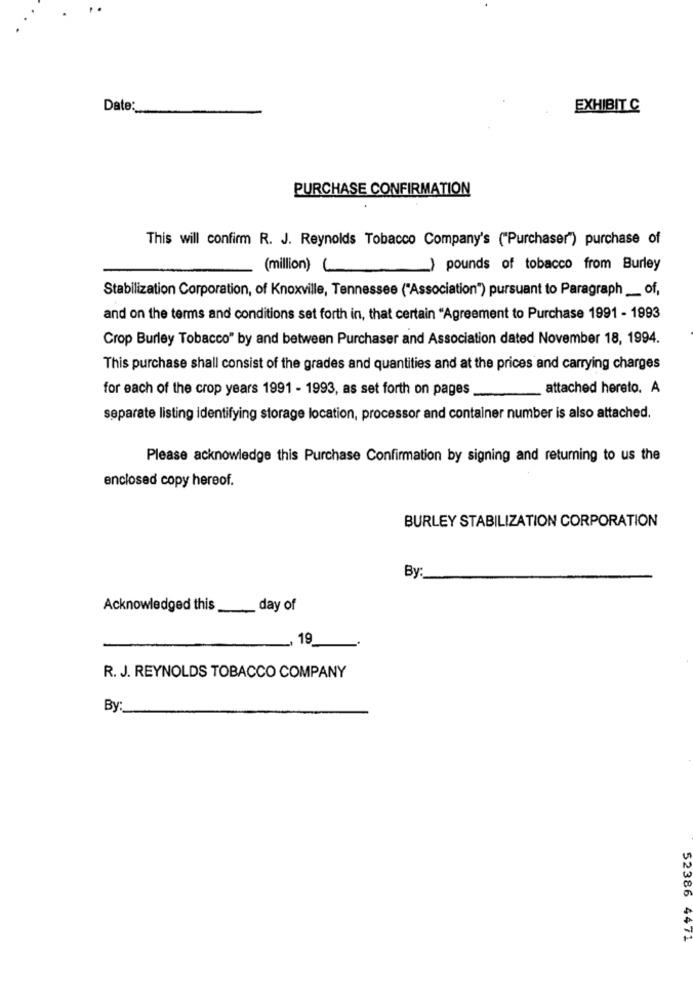
Date:
EXHIBIT C
PURCHASE CONFIRMATION
This will confirm R. J. Reynolds Tobacco Company's ("Purchaser") purchase of
(million) L
) pounds of tobacco from Burley
Stabilization Corporation, of Knoxville, Tennessee ("Association") pursuant to Paragraph __ of,
and on the terms and conditions set forth in, that certain "Agreement to Purchase 1991 - 1993
Crop Burley Tobacco" by and between Purchaser and Association dated November 18, 1994.
This purchase shall consist of the grades and quantities and at the prices and carrying charges
for each of the crop years 1991 - 1993, as set forth on pages
attached hereto. A
separate listing identifying storage location, processor and container number is also attached.
Please acknowledge this Purchase Confirmation by signing and returning to us the
enclosed copy hereof.
BURLEY STABILIZATION CORPORATION
By:
Acknowledged this
__ day of
19
R. J. REYNOLDS TOBACCO COMPANY
By
52386 4471